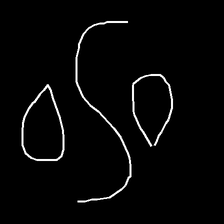
Glyph: water